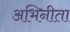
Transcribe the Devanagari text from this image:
अभिनीता